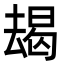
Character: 朅